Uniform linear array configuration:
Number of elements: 16
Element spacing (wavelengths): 0.25
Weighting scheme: exponential
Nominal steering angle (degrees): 30
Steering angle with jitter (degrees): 28.816
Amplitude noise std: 0.05
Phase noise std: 0.05

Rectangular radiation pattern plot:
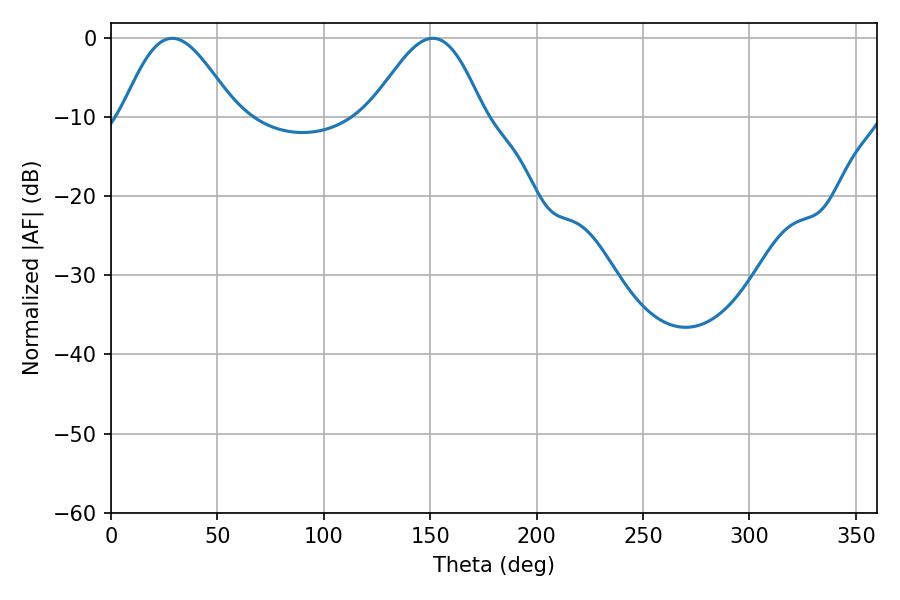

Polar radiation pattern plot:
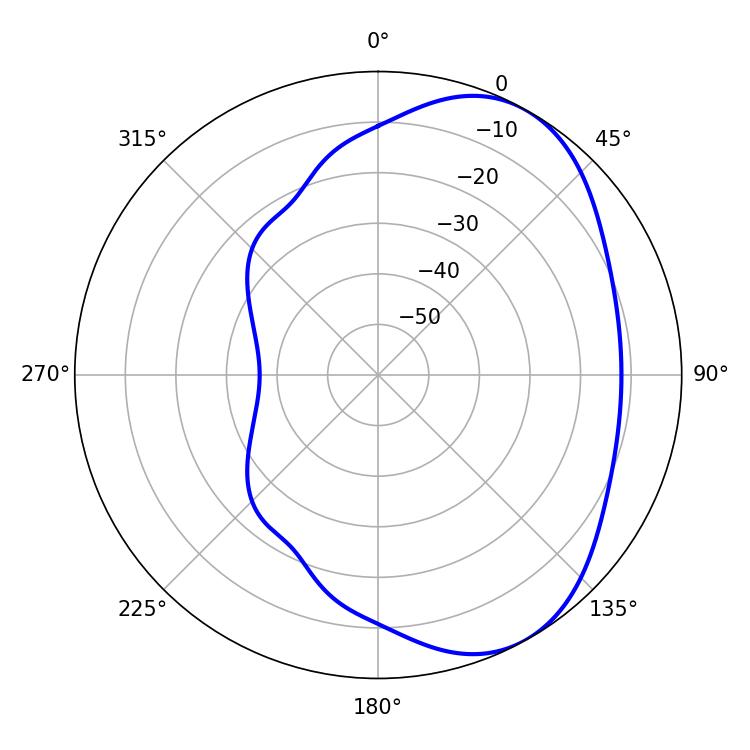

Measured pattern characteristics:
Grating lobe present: FALSE
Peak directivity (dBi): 5.136
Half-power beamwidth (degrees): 28.26
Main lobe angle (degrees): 28.8